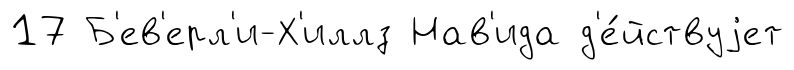
17 Б'ев'ерл'и-Х'иллз Нав'ида д'е́йствуjет